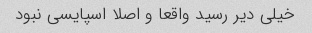
خیلی دیر رسید واقعا و اصلا اسپایسی نبود